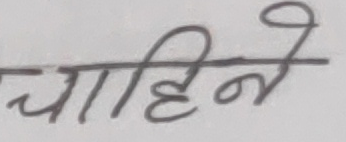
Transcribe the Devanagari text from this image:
चाहिने